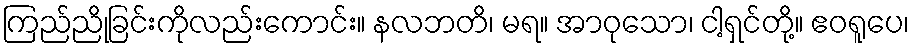
ကြည်ညိုခြင်းကိုလည်းကောင်း။ နလဘတိ၊ မရ။ အာဝုသော၊ ငါ့ရှင်တို့။ ဧဝရူပေ၊